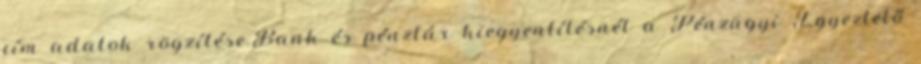
cím adatok rögzítése.Bank és pénztár kiegyenlítésnél a Pénzügyi Egyeztető